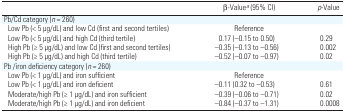
<table><thead><tr><td>[EMPTY_CELL]</td><td><b>β-Valuea (95% CI)</b></td><td><b><i>p</i>-Value</b></td></tr></thead><tbody><tr><td colspan="3">Pb/Cd category (<i>n</i> = 260)</td></tr><tr><td> Low Pb (&lt; 5 μg/dL) and low Cd (first and second tertiles)</td><td>Reference</td><td>[EMPTY_CELL]</td></tr><tr><td> Low Pb (&lt; 5 μg/dL) and high Cd (third tertile)</td><td>0.17 (–0.15 to 0.50)</td><td>0.29</td></tr><tr><td> High Pb (≥ 5 μg/dL) and low Cd (first and second tertiles)</td><td>−0.35 (−0.13 to −0.56)</td><td>0.002</td></tr><tr><td> High Pb (≥ 5 μg/dL) and high Cd (third tertile)</td><td>−0.52 (−0.07 to −0.97)</td><td>0.02</td></tr><tr><td colspan="3">Pb/iron deficiency category (<i>n</i> = 260)</td></tr><tr><td> Low Pb (&lt; 1 μg/dL) and iron sufficient</td><td>Reference</td><td>[EMPTY_CELL]</td></tr><tr><td> Low Pb (&lt; 1 μg/dL) and iron deficient</td><td>−0.11 (0.32 to −0.53)</td><td>0.61</td></tr><tr><td> Moderate/high Pb (≥ 1 μg/dL) and iron sufficient</td><td>−0.39 (−0.06 to −0.71)</td><td>0.02</td></tr><tr><td> Moderate/high Pb (≥ 1 μg/dL) and iron deficient</td><td>−0.84 (−0.37 to −1.31)</td><td>0.0008</td></tr></tbody></table>